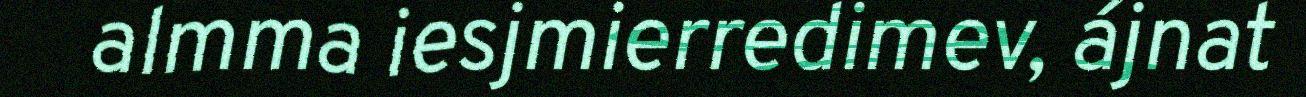
almma iesjmierredimev, ájnat